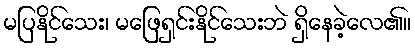
မပြနိုင်သေး၊ မဖြေရှင်းနိုင်သေးဘဲ ရှိနေခဲ့လေ၏။